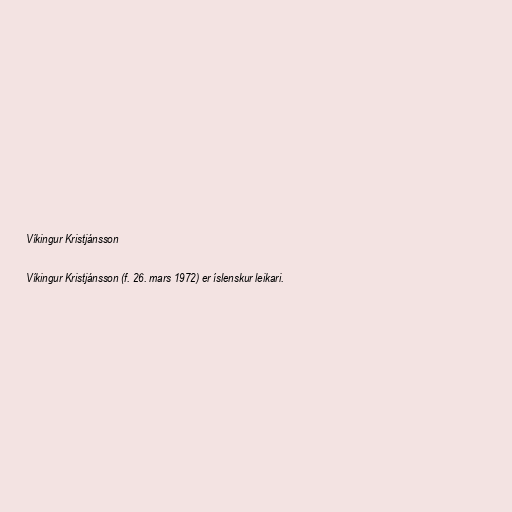
Víkingur Kristjánsson

Víkingur Kristjánsson (f. 26. mars 1972) er íslenskur leikari.